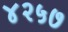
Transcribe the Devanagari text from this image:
४२५७